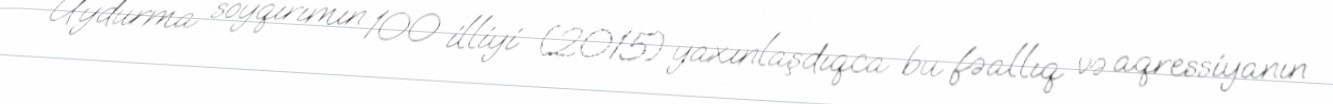
Uydurma soyqırımın 100 illiyi (2015) yaxınlaşdıqca bu fəallıq və aqressiyanın